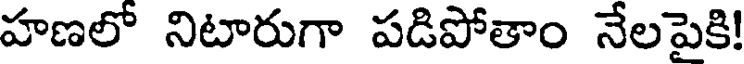
హణలో నిటారుగా పడిపోతాం నేలపైకి!